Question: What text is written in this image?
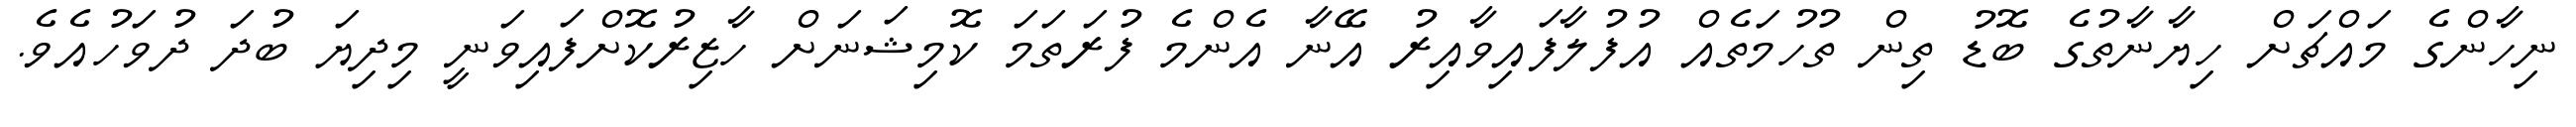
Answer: ނިހާންގެ މައްޗަށް ހިޔާނާތުގެ ބޮޑު ތިން ތުހުމަތެއް އުފުލާފައިވާއިރު އޭނާ އެންމެ ފުރަތަމަ ކޮމިޝަނަށް ހާޒިރުކޮށްފައިވަނީ މިދިޔަ ބުދަ ދުވަހުއެވެ.